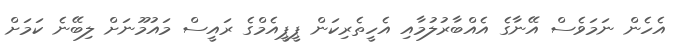
އެހެން ނަމަވެސް އޭނާގެ އެއްބާރުލުމާއި އެހީތެރިކަން ޕީޕީއެމްގެ ރައީސް މައުމޫނަށް ލިބޭނެ ކަމަށް